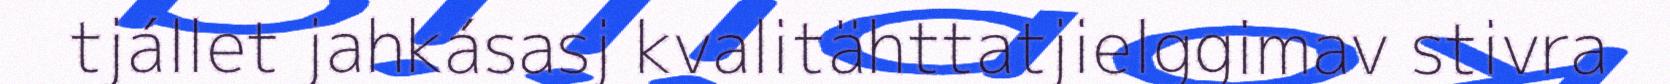
tjállet jahkásasj kvalitähttatjielggimav stivra